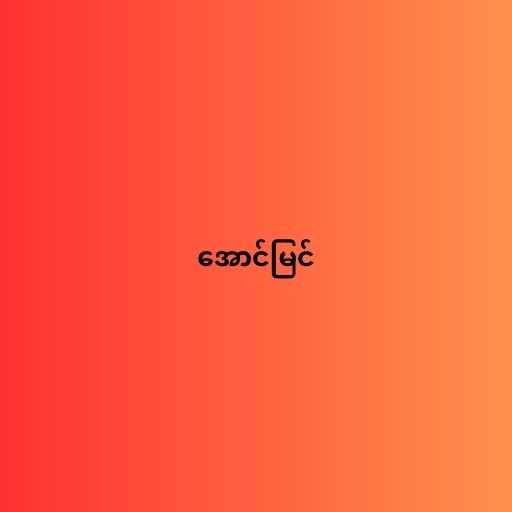
အောင်မြင်